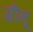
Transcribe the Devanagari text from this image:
जीनू